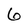
Character: 6